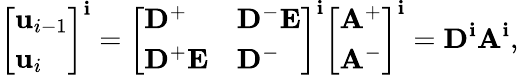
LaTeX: \left[\begin{array}{l}{\mathbf{u}_{i-1}}\\ {\mathbf{u}_{i}}\end{array}\right]^{\mathbf{i}}=\left[\begin{array}{ll}{\mathbf{D}^{+}}&{\mathbf{D}^{-}\mathbf{E}}\\ {\mathbf{D}^{+}\mathbf{E}}&{\mathbf{D}^{-}}\end{array}\right]^{\mathbf{i}}\left[\begin{array}{l}{\mathbf{A}^{+}}\\ {\mathbf{A}^{-}}\end{array}\right]^{\mathbf{i}}=\mathbf{{D}}^{\mathbf{i}}\mathbf{{A}}^{\mathbf{i}},